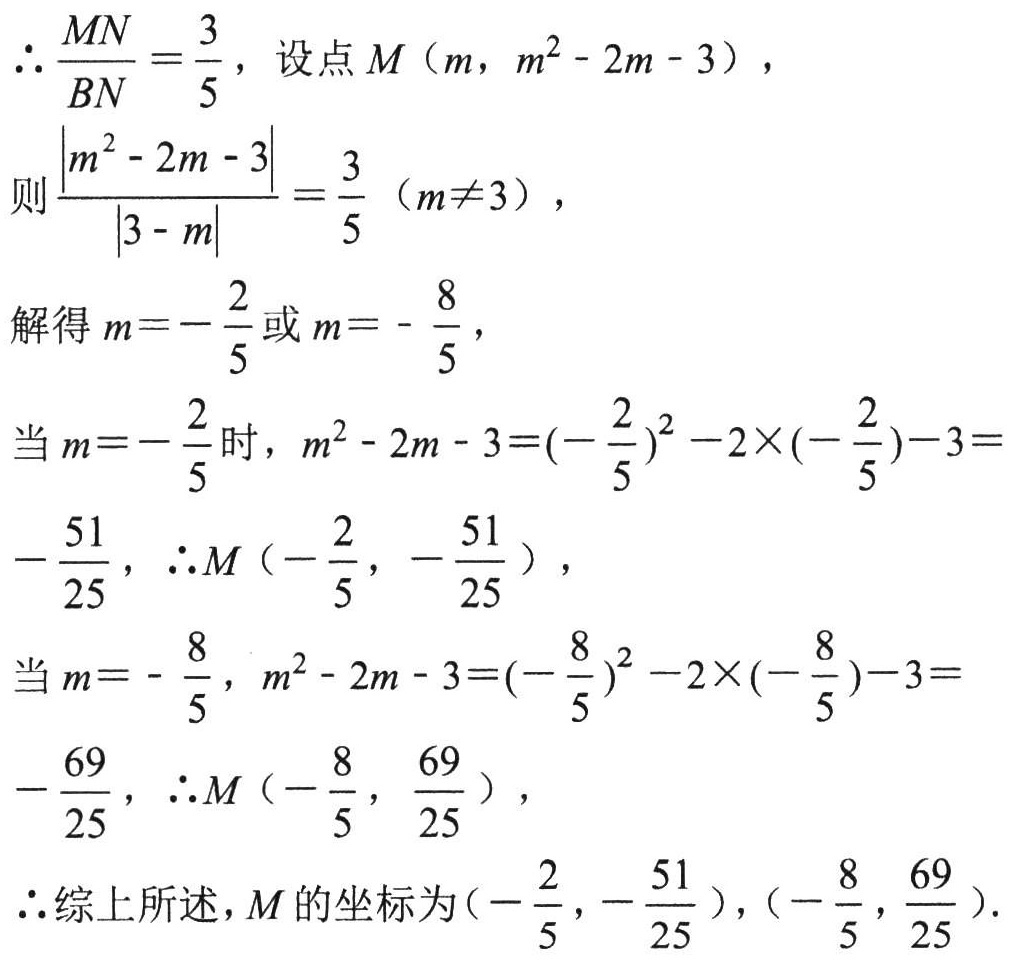
\(\therefore \frac{MN}{BN}=\frac{3}{5}\)，设点\(M(m, m^{2}-2m - 3)\)，
则\(\frac{\vert m^{2}-2m - 3\vert}{\vert 3 - m\vert}=\frac{3}{5}(m\neq3)\)，
解得\(m = -\frac{2}{5}\)或\(m = -\frac{8}{5}\)，
当\(m = -\frac{2}{5}\)时，\(m^{2}-2m - 3 = (-\frac{2}{5})^{2}-2\times(-\frac{2}{5})-3 = -\frac{51}{25}\)，\(\therefore M(-\frac{2}{5}, -\frac{51}{25})\)，
当\(m = -\frac{8}{5}\)，\(m^{2}-2m - 3 = (-\frac{8}{5})^{2}-2\times(-\frac{8}{5})-3 = -\frac{69}{25}\)，\(\therefore M(-\frac{8}{5}, \frac{69}{25})\)，
\(\therefore\)综上所述，\(M\)的坐标为\((-\frac{2}{5}, -\frac{51}{25})\)，\((-\frac{8}{5}, \frac{69}{25})\).